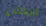
المغفل